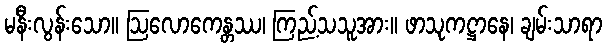
မနီးလွန်းသော။ ဩလောကေန္တဿ၊ ကြည့်သသူအား။ ဖာသုကဋ္ဌာနေ၊ ချမ်းသာရာ